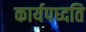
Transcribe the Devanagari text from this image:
कार्यपध्दति